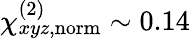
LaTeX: \chi_{xyz,\mathrm{norm}}^{(2)}\sim 0.14